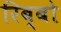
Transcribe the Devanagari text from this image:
रिब्बो